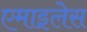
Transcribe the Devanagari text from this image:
एमाइलेस